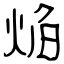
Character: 焔